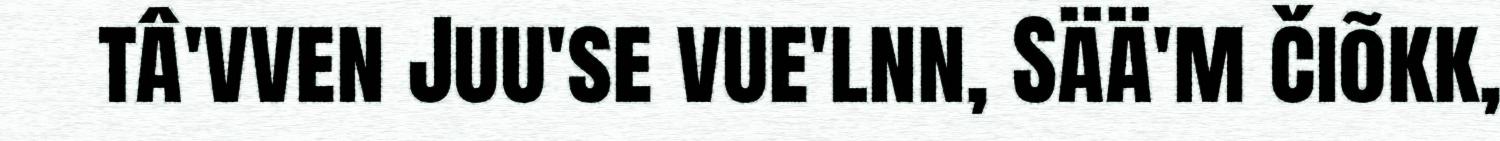
tâ'vven Juu'se vue'lnn, Sää'm čiõkk,